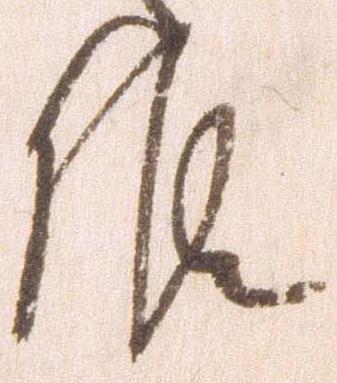
候